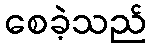
စေခဲ့သည်